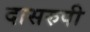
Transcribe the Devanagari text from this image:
दासरुपी